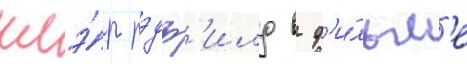
клэ́р рэдф'илд в ф'и́льм'е